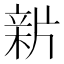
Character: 𤗟